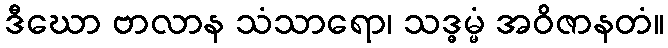
ဒီဃော ဗာလာန သံသာရော၊ သဒ္ဓမ္မံ အဝိဇာနတံ။